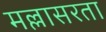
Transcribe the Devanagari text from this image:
मल्लासरता